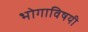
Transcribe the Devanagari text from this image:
भोगाविषयी